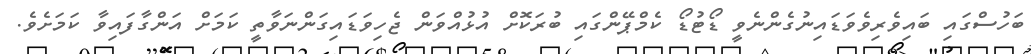
ބަހުސްގައި ބައިވެރިވެވަޑައިނުގެންނެވީ ޑޯޓުޑޯ ކެމްޕޭންގައި ބުރަކޮށް އުޅުއްވަން ޖެހިވަޑައިގަންނަވާތީ ކަމަށް އަންގާފައިވާ ކަމަށެވެ.